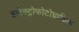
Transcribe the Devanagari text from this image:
इलेक्ट्रोफोटोग्राफिक